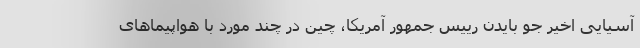
آسیایی اخیر جو بایدن رییس جمهور آمریکا، چین در چند مورد با هواپیماهای